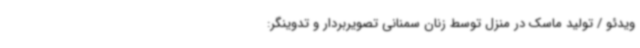
ویدئو / تولید ماسک در منزل توسط زنان سمنانی تصویربردار و تدوینگر: